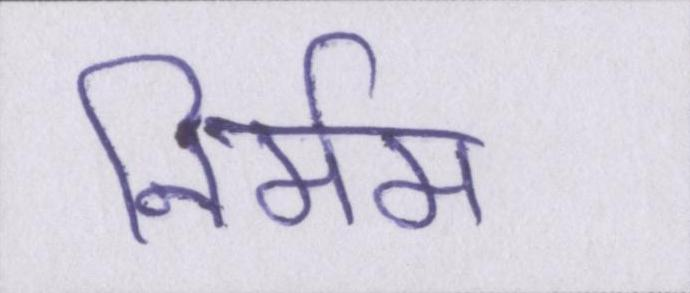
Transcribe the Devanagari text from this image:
निर्मम